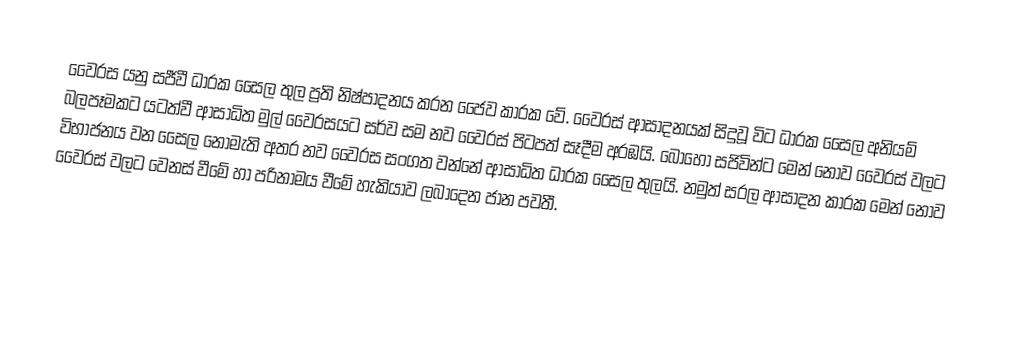
වෛරස යනු සජීවී ධාරක සෛල තුල ප්‍රති නිෂ්පාදනය කරන ජෛව කාරක වේ. වෛරස් ආසාදනයක් සිදුවූ විට ධාරක සෛල අනියම් බලපෑමකට යටත්වී ආසාධිත මුල් වෛරසයට සර්ව සම නව වෛරස් පිටපත් සෑදීම අරඹයි. බොහෝ සජිවින්ට මෙන් නොව වෛරස් වලට විභාජනය වන සෛල නොමැති අතර නව වෛරස සංගත වන්නේ ආසාධිත ධාරක සෛල තුලයි. නමුත්  සරල ආසාදන කාරක මෙන් නොව වෛරස් වලට වෙනස් වීමේ හා පරිනාමය වීමේ හැකියාව ලබාදෙන ජාන පවතී.